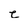
Character: c